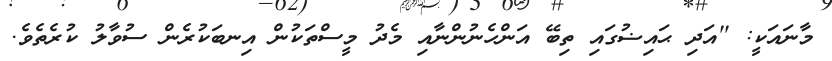
މާނައަކީ: ''އަދި ޙައިޟުގައި ތިބޭ އަންހެނުންނާއި މެދު މީސްތަކުން އިނބަކުރެން ސުވާލު ކުރެތެވެ.